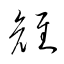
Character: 雉